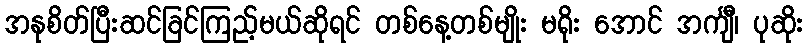
အနုစိတ်ပြီးဆင်ခြင်ကြည့်မယ်ဆိုရင် တစ်နေ့တစ်မျိုး မရိုး အောင် အင်္ကျီ၊ ပုဆိုး